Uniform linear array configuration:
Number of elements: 32
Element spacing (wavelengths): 0.25
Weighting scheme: kaiser
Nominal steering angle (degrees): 15
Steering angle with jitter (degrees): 13.67
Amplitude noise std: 0.05
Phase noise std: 0.05

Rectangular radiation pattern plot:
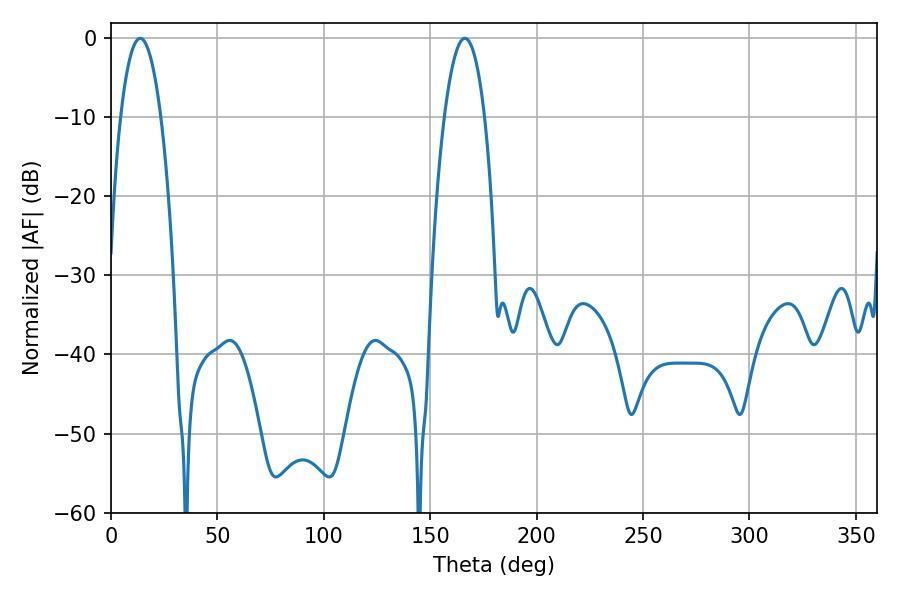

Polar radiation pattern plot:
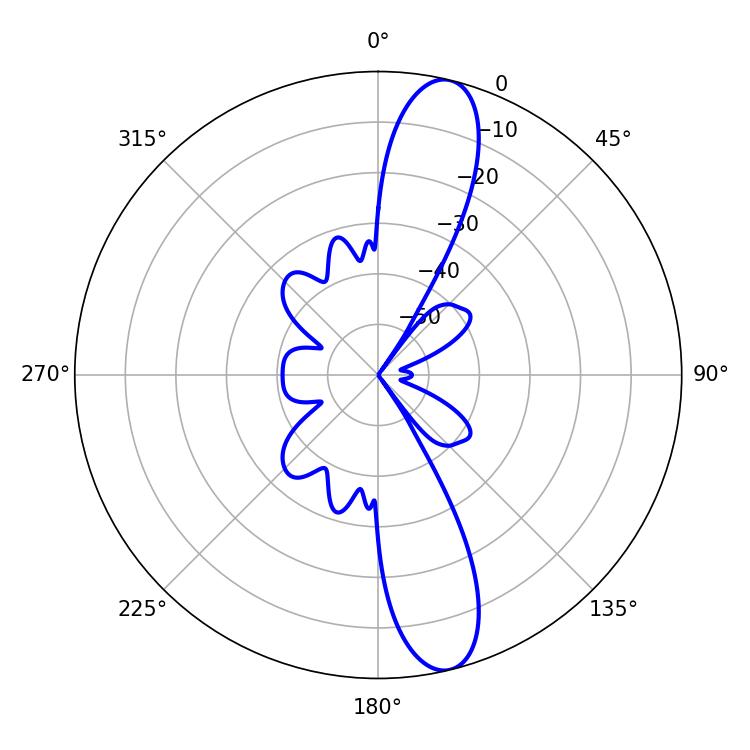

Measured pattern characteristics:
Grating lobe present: FALSE
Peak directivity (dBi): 13.315
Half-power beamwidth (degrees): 10.62
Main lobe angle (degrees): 13.68